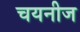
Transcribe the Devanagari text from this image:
चयनीज